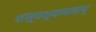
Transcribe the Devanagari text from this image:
शस्यश्यामलाम्